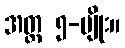
အတ္ထ ၅-မျိုး။